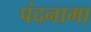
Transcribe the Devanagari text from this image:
पंदनामा